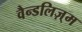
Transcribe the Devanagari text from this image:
वैन्डलिज़्म